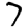
Digit: 7